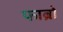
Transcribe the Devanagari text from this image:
फाब्रो